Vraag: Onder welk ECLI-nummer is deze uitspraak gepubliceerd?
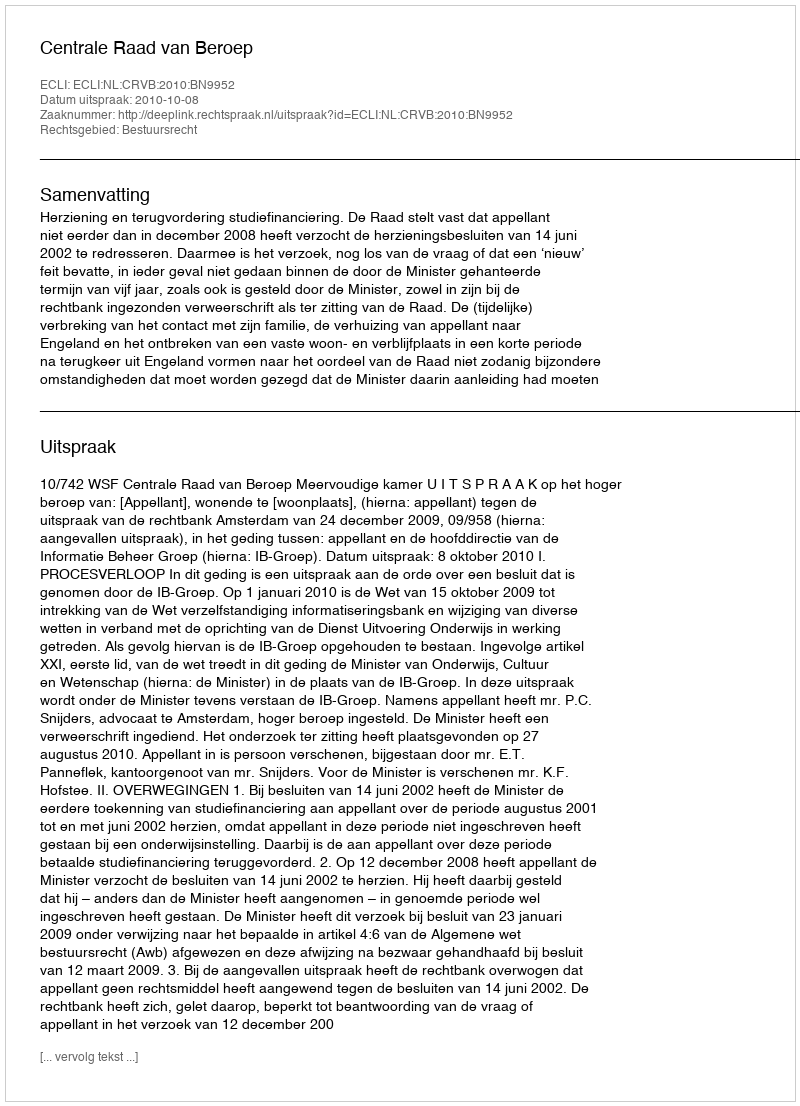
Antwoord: ECLI:NL:CRVB:2010:BN9952